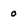
Character: o